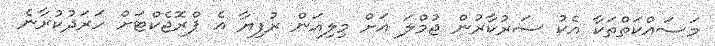
މަސައްކަތްތަކާ އެކު ސަރުކާރުން ޖުމްލަ އަށް މިލިއަން ރުފިޔާ އެ ޕްރޮޖެކްޓަށް ހަރަދުކުރާނެ